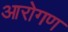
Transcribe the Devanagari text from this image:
आरोगण